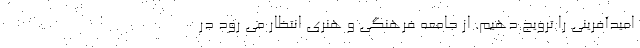
امیدآفرینی را ترویج دهیم. از جامعه فرهنگی و هنری انتظار می رود در